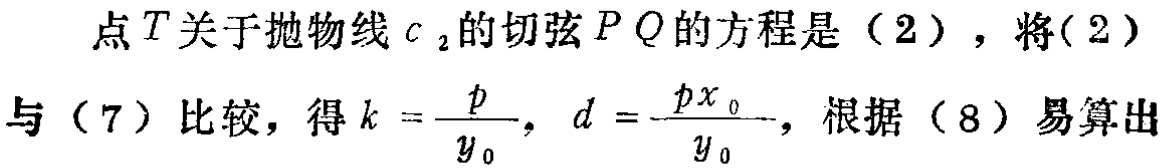
点\(T\)关于抛物线\(c_{2}\)的切弦\(PQ\)的方程是（2），将（2）与（7）比较，得\(k = \frac{p}{y_{0}}\)，\(d = \frac{px_{0}}{y_{0}}\)，根据（8）易算出